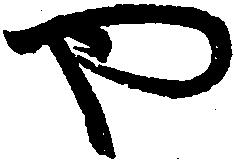
や